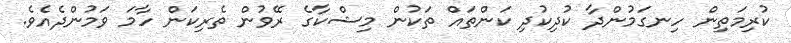
ކުރިމަތިން ހިނގަމުންދާ ކުދިކުދި ކަންތައް ތަކުން މިޝްކާގެ ރޭވުން ތެރިކަން ހާމަ ވަމުންދެއެވެ.